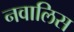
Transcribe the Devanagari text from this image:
नवालिस